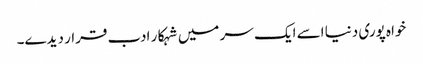
خواہ پوری دنیا اسے ایک سر میں شہکار ادب قرار دیدے۔